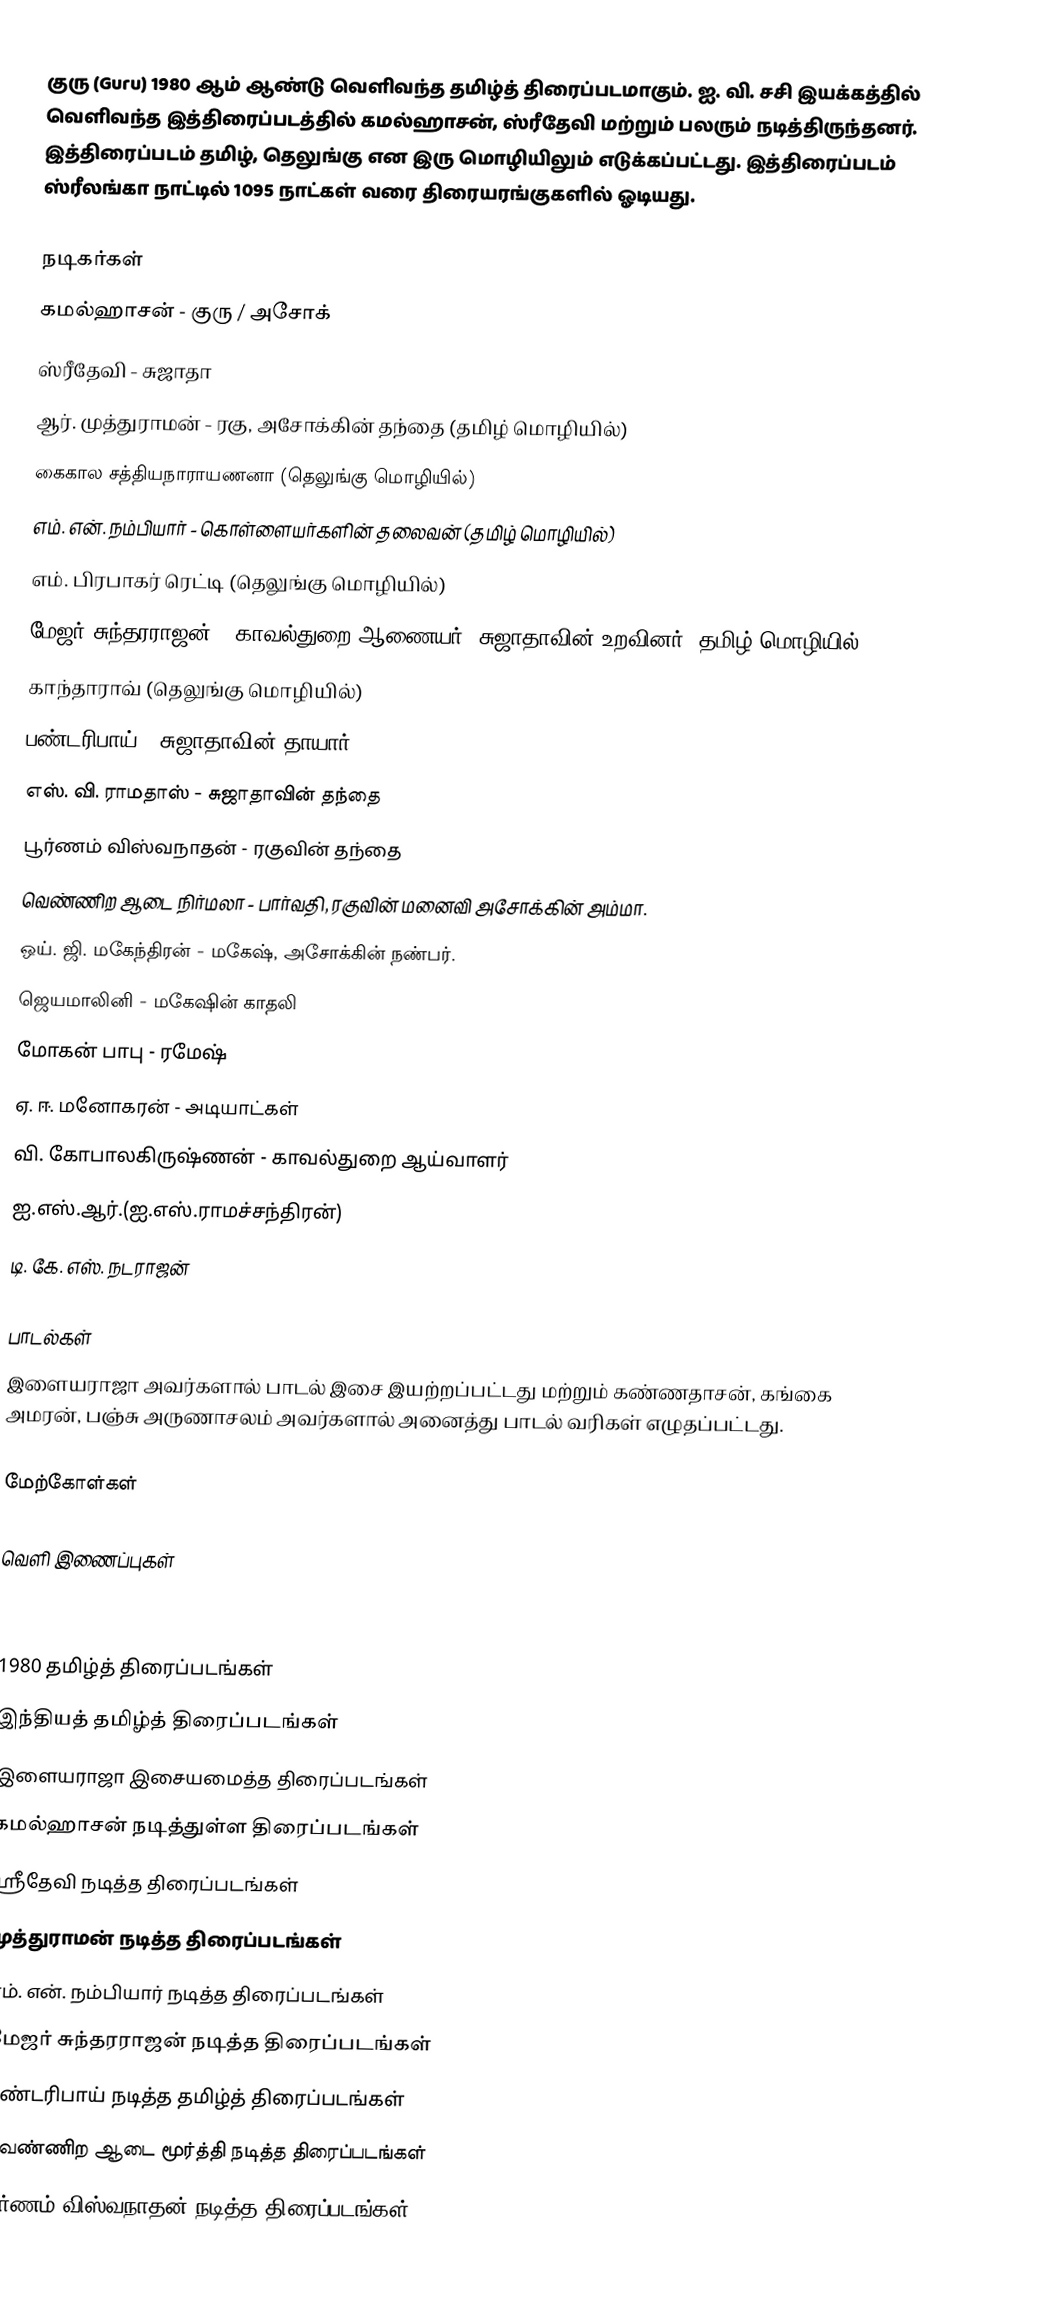
குரு (Guru) 1980 ஆம் ஆண்டு வெளிவந்த தமிழ்த் திரைப்படமாகும். ஐ. வி. சசி இயக்கத்தில் வெளிவந்த இத்திரைப்படத்தில் கமல்ஹாசன், ஸ்ரீதேவி மற்றும் பலரும் நடித்திருந்தனர். இத்திரைப்படம் தமிழ், தெலுங்கு என இரு மொழியிலும் எடுக்கப்பட்டது. இத்திரைப்படம் ஸ்ரீலங்கா நாட்டில் 1095 நாட்கள் வரை திரையரங்குகளில் ஓடியது.

நடிகர்கள்
 கமல்ஹாசன் - குரு / அசோக்
 ஸ்ரீதேவி - சுஜாதா
 ஆர். முத்துராமன் - ரகு, அசோக்கின் தந்தை (தமிழ் மொழியில்)
கைகால சத்தியநாராயணனா (தெலுங்கு மொழியில்)
 எம். என். நம்பியார் - கொள்ளையர்களின் தலைவன் (தமிழ் மொழியில்)
எம். பிரபாகர் ரெட்டி (தெலுங்கு மொழியில்)
 மேஜர் சுந்தரராஜன் - காவல்துறை ஆணையர், சுஜாதாவின் உறவினர் (தமிழ் மொழியில்)
காந்தாராவ் (தெலுங்கு மொழியில்)
 பண்டரிபாய் - சுஜாதாவின் தாயார்
 எஸ். வி. ராமதாஸ் - சுஜாதாவின் தந்தை
 பூர்ணம் விஸ்வநாதன் - ரகுவின் தந்தை
 வெண்ணிற ஆடை நிர்மலா - பார்வதி, ரகுவின் மனைவி அசோக்கின் அம்மா.
 ஒய். ஜி. மகேந்திரன் - மகேஷ், அசோக்கின் நண்பர்.
 ஜெயமாலினி - மகேஷின் காதலி
 மோகன் பாபு - ரமேஷ்
 ஏ. ஈ. மனோகரன் - அடியாட்கள்
 வி. கோபாலகிருஷ்ணன் - காவல்துறை ஆய்வாளர்
 ஐ.எஸ்.ஆர்.(ஐ.எஸ்.ராமச்சந்திரன்)
 டி. கே. எஸ். நடராஜன்

பாடல்கள்
இளையராஜா அவர்களால் பாடல் இசை இயற்றப்பட்டது மற்றும்  கண்ணதாசன், கங்கை அமரன், பஞ்சு அருணாசலம் அவர்களால் அனைத்து பாடல் வரிகள் எழுதப்பட்டது.

மேற்கோள்கள்

வெளி இணைப்புகள்

1980 தமிழ்த் திரைப்படங்கள்
இந்தியத் தமிழ்த் திரைப்படங்கள்
இளையராஜா இசையமைத்த திரைப்படங்கள்
கமல்ஹாசன் நடித்துள்ள திரைப்படங்கள்
ஸ்ரீதேவி நடித்த திரைப்படங்கள்
முத்துராமன் நடித்த திரைப்படங்கள்
எம். என். நம்பியார் நடித்த திரைப்படங்கள்
மேஜர் சுந்தரராஜன் நடித்த திரைப்படங்கள்
பண்டரிபாய் நடித்த தமிழ்த் திரைப்படங்கள்
வெண்ணிற ஆடை மூர்த்தி நடித்த திரைப்படங்கள்
பூர்ணம் விஸ்வநாதன் நடித்த திரைப்படங்கள்